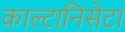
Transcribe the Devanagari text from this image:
काल्टानिसेटा